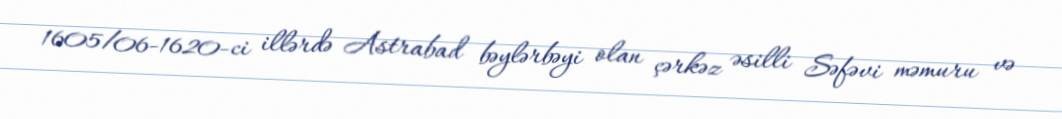
1605/06-1620-ci illərdə Astrabad bəylərbəyi olan çərkəz əsilli Səfəvi məmuru və